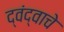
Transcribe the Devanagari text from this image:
द्वंद्वाचे